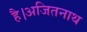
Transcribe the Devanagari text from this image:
है।अजितनाथ